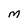
Character: M